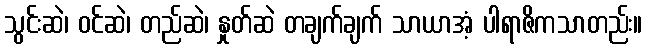
သွင်းဆဲ၊ ဝင်ဆဲ၊ တည်ဆဲ၊ နှုတ်ဆဲ တချက်ချက် သာယာအံ့ ပါရာဇိကသာတည်း။